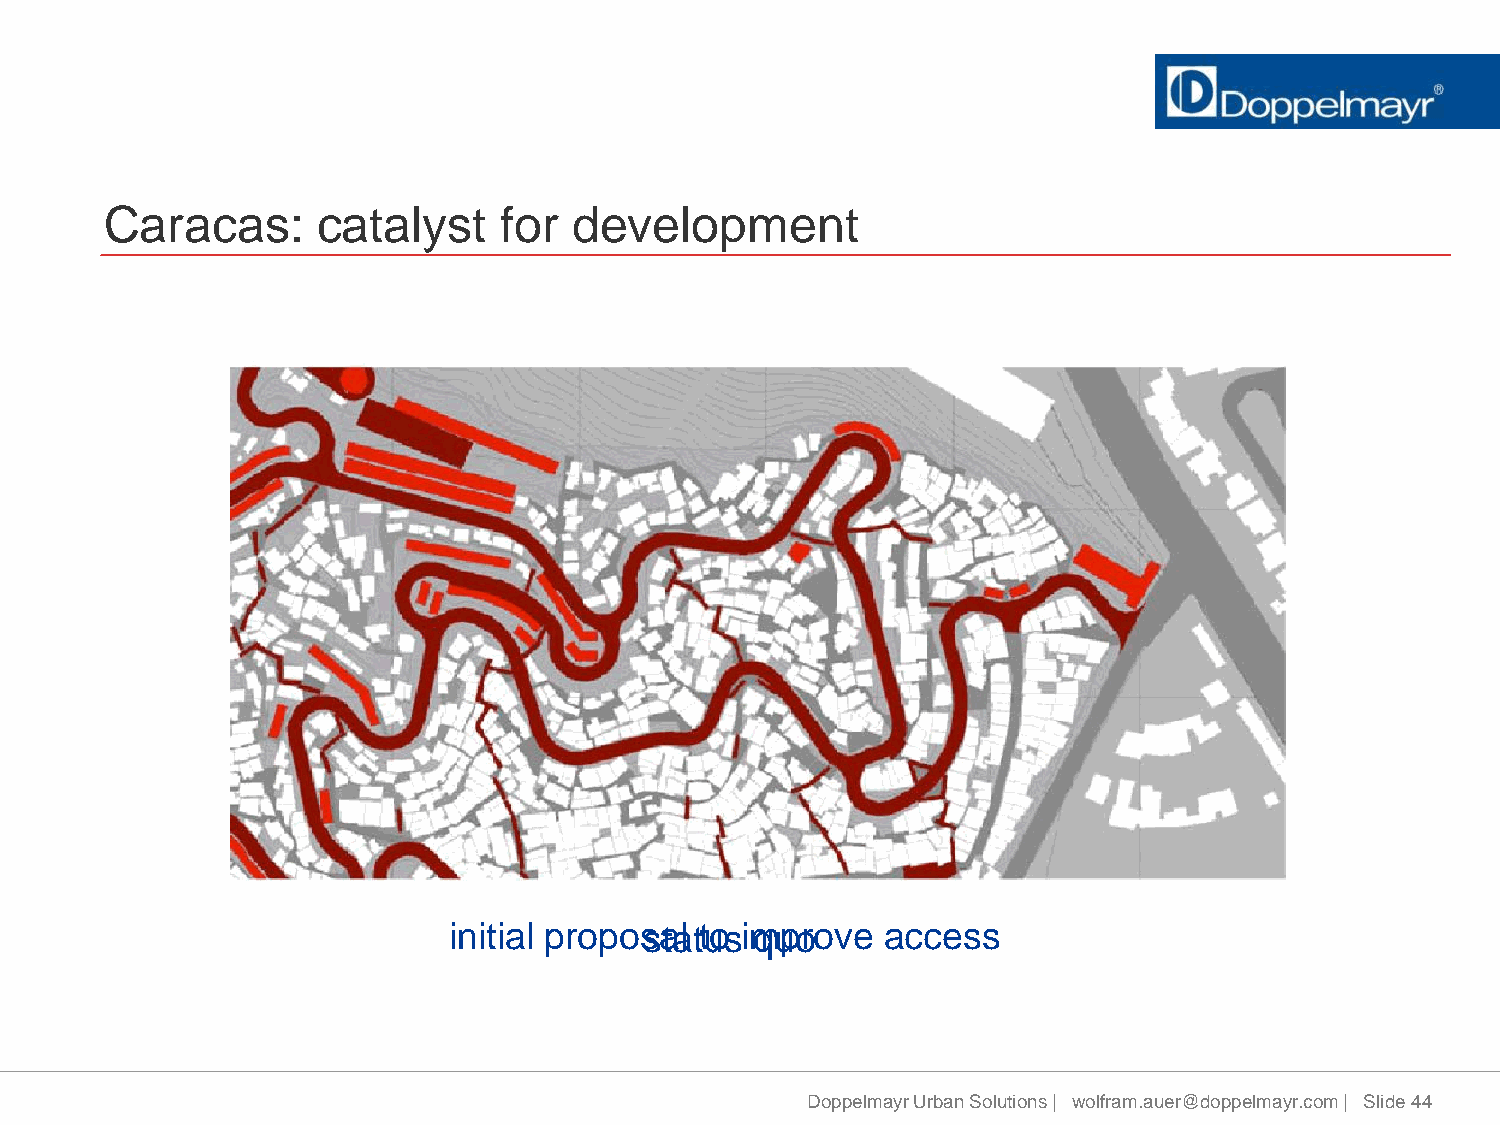
Caracas:      catalyst    for  development
 initial propossatal ttuos i mquporo ve access
 Doppelmayr Urban Solutions | wolfram.auer@doppelmayr.com | Slide 44